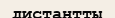
дистантты